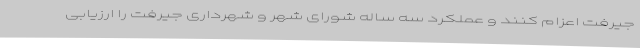
جیرفت اعزام کنند و عملکرد سه ساله شورای شهر و شهرداری جیرفت را ارزیابی